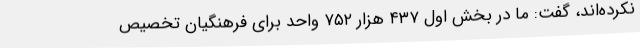
نکرده‌اند، گفت: ما در بخش اول ۴۳۷ هزار ۷۵۲ واحد برای فرهنگیان تخصیص